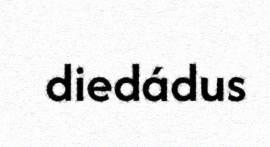
diedádus